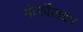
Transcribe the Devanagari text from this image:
मोर्फोटाइप